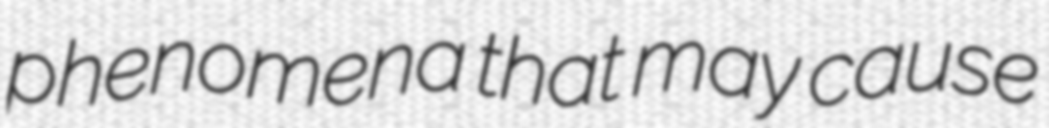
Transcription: phenomena that may cause